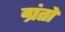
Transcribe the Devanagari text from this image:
ग्रंतों